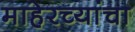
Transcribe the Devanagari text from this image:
माहेरच्यांचा